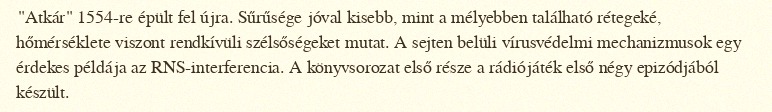
"Atkár" 1554-re épült fel újra. Sűrűsége jóval kisebb, mint a mélyebben található rétegeké, hőmérséklete viszont rendkívüli szélsőségeket mutat. A sejten belüli vírusvédelmi mechanizmusok egy érdekes példája az RNS-interferencia. A könyvsorozat első része a rádiójáték első négy epizódjából készült.